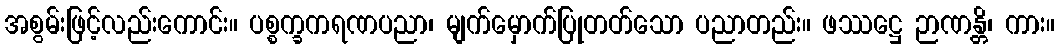
အစွမ်းဖြင့်လည်းကောင်း။ ပစ္စက္ခကရဏပညာ၊ မျက်မှောက်ပြုတတ်သော ပညာတည်း။ ဖဿဋ္ဌေ ဉာဏန္တိ၊ ကား။